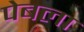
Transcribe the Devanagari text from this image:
पेबला